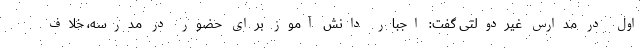
اول در مدارس غیردولتی گفت: اجبار دانش آموز برای حضور در مدرسه، خلاف